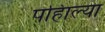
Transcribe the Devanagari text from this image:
पहिाल्या